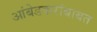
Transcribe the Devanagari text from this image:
आंबेडकरांबाबत